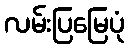
လမ်းပြမြေပုံ